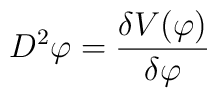
D^2\varphi =\frac{\delta V(\varphi )}{\delta \varphi }